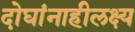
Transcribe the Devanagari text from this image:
दोघांनाहीलक्ष्य